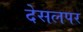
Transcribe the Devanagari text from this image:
देसलपर